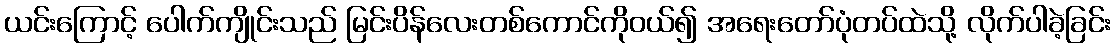
ယင်းကြောင့် ပေါက်ကျိုင်းသည် မြင်းပိန်လေးတစ်ကောင်ကိုဝယ်၍ အရေးတော်ပုံတပ်ထဲသို့ လိုက်ပါခဲ့ခြင်း